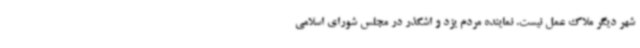
شهر دیگر ملاک عمل نیست. نماینده مردم یزد و اشکذر در مجلس شورای اسلامی